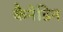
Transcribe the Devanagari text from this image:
कैनेडिन